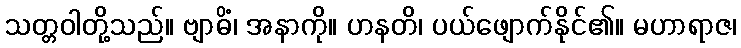
သတ္တဝါတို့သည်။ ဗျာဓိံ၊ အနာကို။ ဟနတိ၊ ပယ်ဖျောက်နိုင်၏။ မဟာရာဇ၊